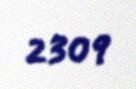
2309